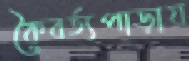
কৈবর্ত্যপাড়ায়